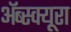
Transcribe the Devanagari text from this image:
ॲब्स्क्यूरा